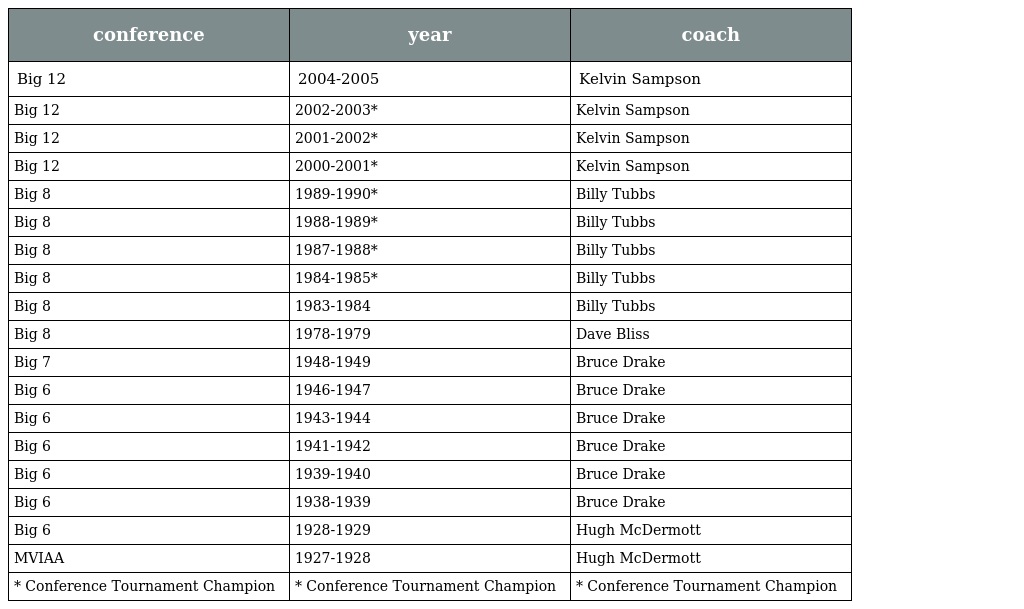
| conference | year | coach |
 | --- | --- | --- |
 | Big 12 | 2004-2005 | Kelvin Sampson |
 | Big 12 | 2002-2003* | Kelvin Sampson |
 | Big 12 | 2001-2002* | Kelvin Sampson |
 | Big 12 | 2000-2001* | Kelvin Sampson |
 | Big 8 | 1989-1990* | Billy Tubbs |
 | Big 8 | 1988-1989* | Billy Tubbs |
 | Big 8 | 1987-1988* | Billy Tubbs |
 | Big 8 | 1984-1985* | Billy Tubbs |
 | Big 8 | 1983-1984 | Billy Tubbs |
 | Big 8 | 1978-1979 | Dave Bliss |
 | Big 7 | 1948-1949 | Bruce Drake |
 | Big 6 | 1946-1947 | Bruce Drake |
 | Big 6 | 1943-1944 | Bruce Drake |
 | Big 6 | 1941-1942 | Bruce Drake |
 | Big 6 | 1939-1940 | Bruce Drake |
 | Big 6 | 1938-1939 | Bruce Drake |
 | Big 6 | 1928-1929 | Hugh McDermott |
 | MVIAA | 1927-1928 | Hugh McDermott |
 | * Conference Tournament Champion | * Conference Tournament Champion | * Conference Tournament Champion |